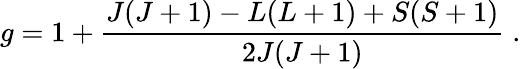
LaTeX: g=1+\frac{J(J+1)-L(L+1)+S(S+1)}{2J(J+1)}\; .